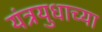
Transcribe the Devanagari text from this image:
यंत्रयुधाच्या